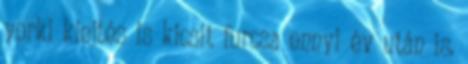
yorki kiejtés is kicsit furcsa ennyi év után is.